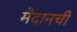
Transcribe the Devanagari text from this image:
मेदानची